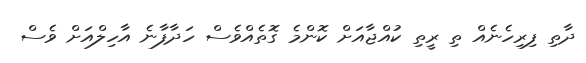
ދާތި ފިރިހެނެއް ތި ރީތި ކުއްޖާއަށް ކޮންމެ ގޮތެއްވެސް ހަދާފާނެ އާހިލްއަށް ވެސް